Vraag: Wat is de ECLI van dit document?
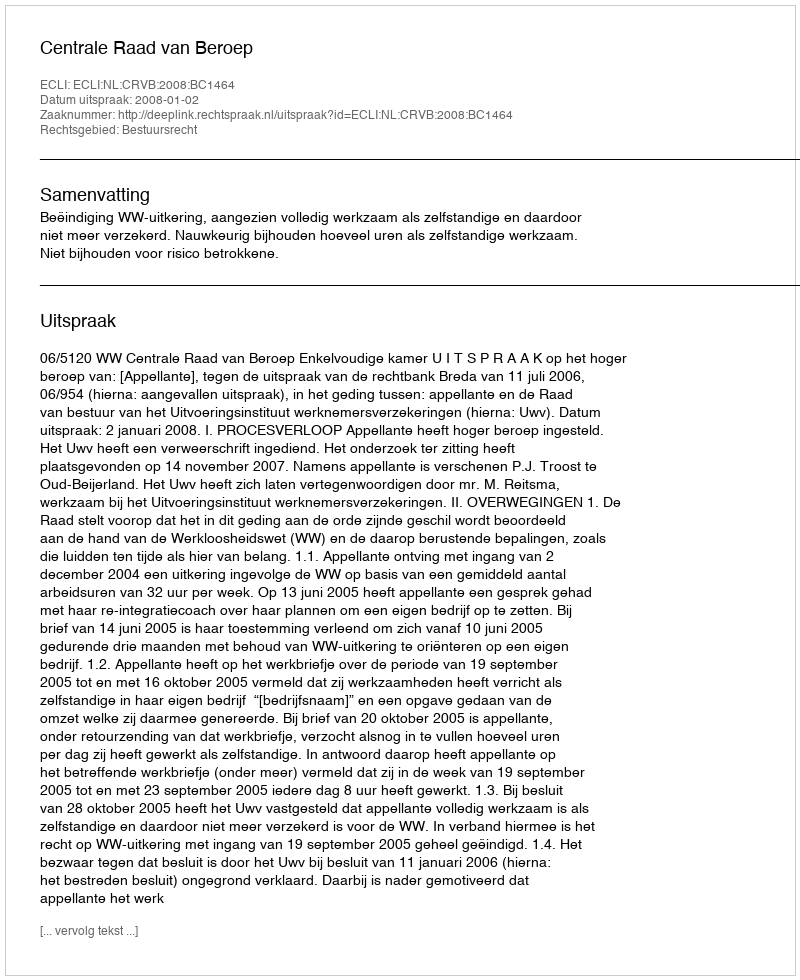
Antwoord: ECLI:NL:CRVB:2008:BC1464